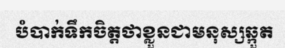
បំបាក់ទឹកចិត្តថាខ្លួនជាមនុស្សឆ្កួត